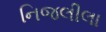
નિજલીલા